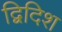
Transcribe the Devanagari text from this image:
द्विदिश